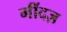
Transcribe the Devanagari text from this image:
मींदज़